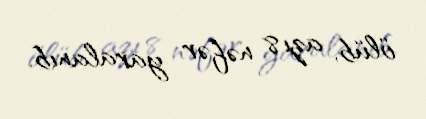
ölüb, azı 8 nəfər yaralanıb.